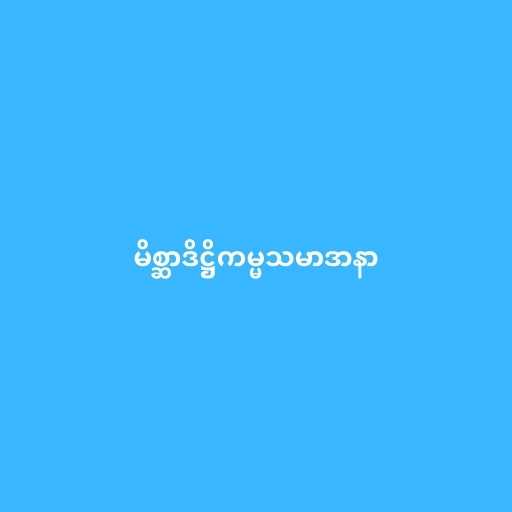
မိစ္ဆာဒိဋ္ဌိကမ္မသမာဒာနာ